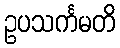
ဥပသင်္ကမတိ